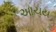
આચય